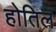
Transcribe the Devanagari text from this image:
होतिल